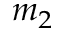
m _ { 2 }